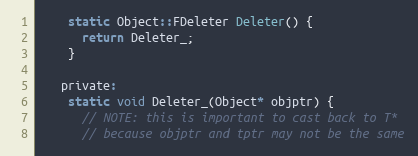
Language: C
    static Object::FDeleter Deleter() {
      return Deleter_;
    }

   private:
    static void Deleter_(Object* objptr) {
      // NOTE: this is important to cast back to T*
      // because objptr and tptr may not be the same